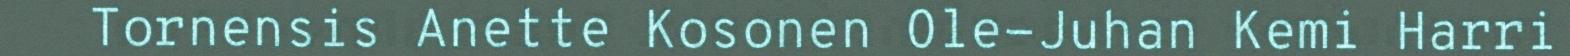
Tornensis Anette Kosonen Ole-Juhan Kemi Harri